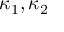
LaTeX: \kappa _ { 1 } , \kappa _ { 2 }